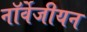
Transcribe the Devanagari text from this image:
नॉर्वेजीयन